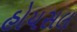
હોયસલ